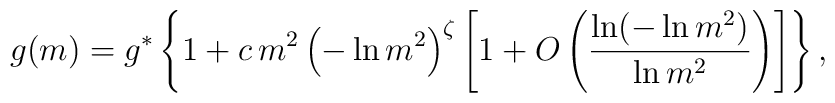
g(m) = g^* \left\{ 1 + c \,m^2 \left( - \ln m^2\right)^\zeta \left[1 + O\left( {\ln (-\ln m^2)\over \ln m^2}\right)\right]\right\},